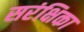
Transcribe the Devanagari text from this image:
सरंक्षिका